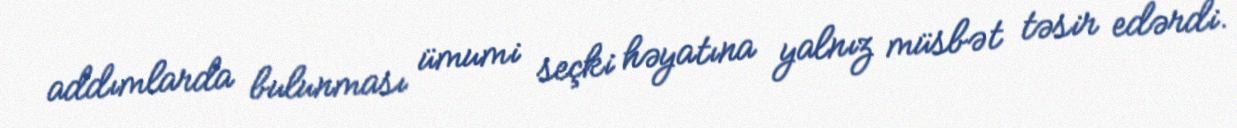
addımlarda bulunması ümumi seçki həyatına yalnız müsbət təsir edərdi.